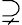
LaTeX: \supsetneq